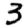
Digit: 3